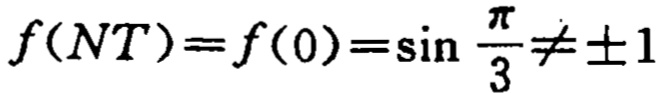
\(f(NT)=f(0)=\sin \frac{\pi}{3}\neq \pm 1\)